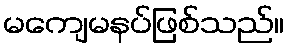
မကျေမနပ်ဖြစ်သည်။